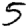
Digit: 5